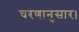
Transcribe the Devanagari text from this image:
चरणानुसार।